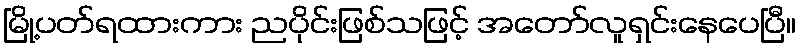
မြို့ပတ်ရထားကား ညပိုင်းဖြစ်သဖြင့် အတော်လူရှင်းနေပေပြီ။